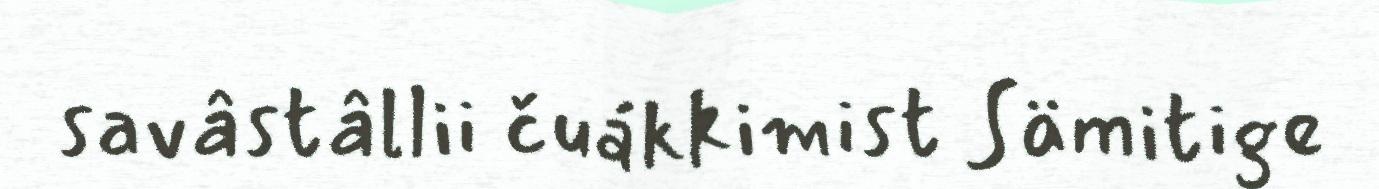
savâstâllii čuákkimist Sämitige